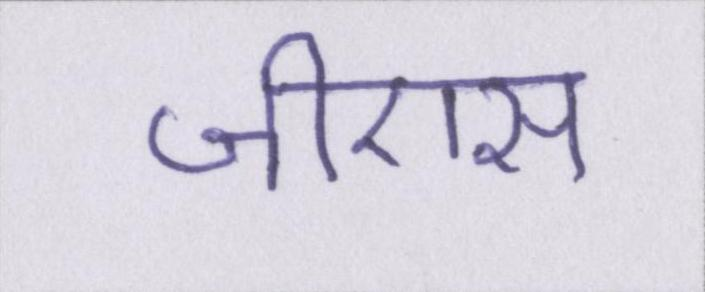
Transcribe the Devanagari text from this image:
जीएस